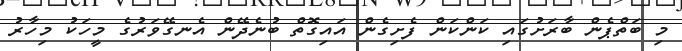
މި ބަތްޕެން ބާރަށުގައި ކަންކަން ފެށިގެން އައިގޮތް ބުނެދޭން އެނގޭވަރުގެ މީހަކު މިހާރު